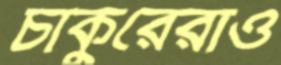
চাকুরেরাও